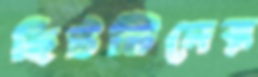
হিটটিদের